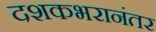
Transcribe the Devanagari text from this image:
दशकभरानंतर